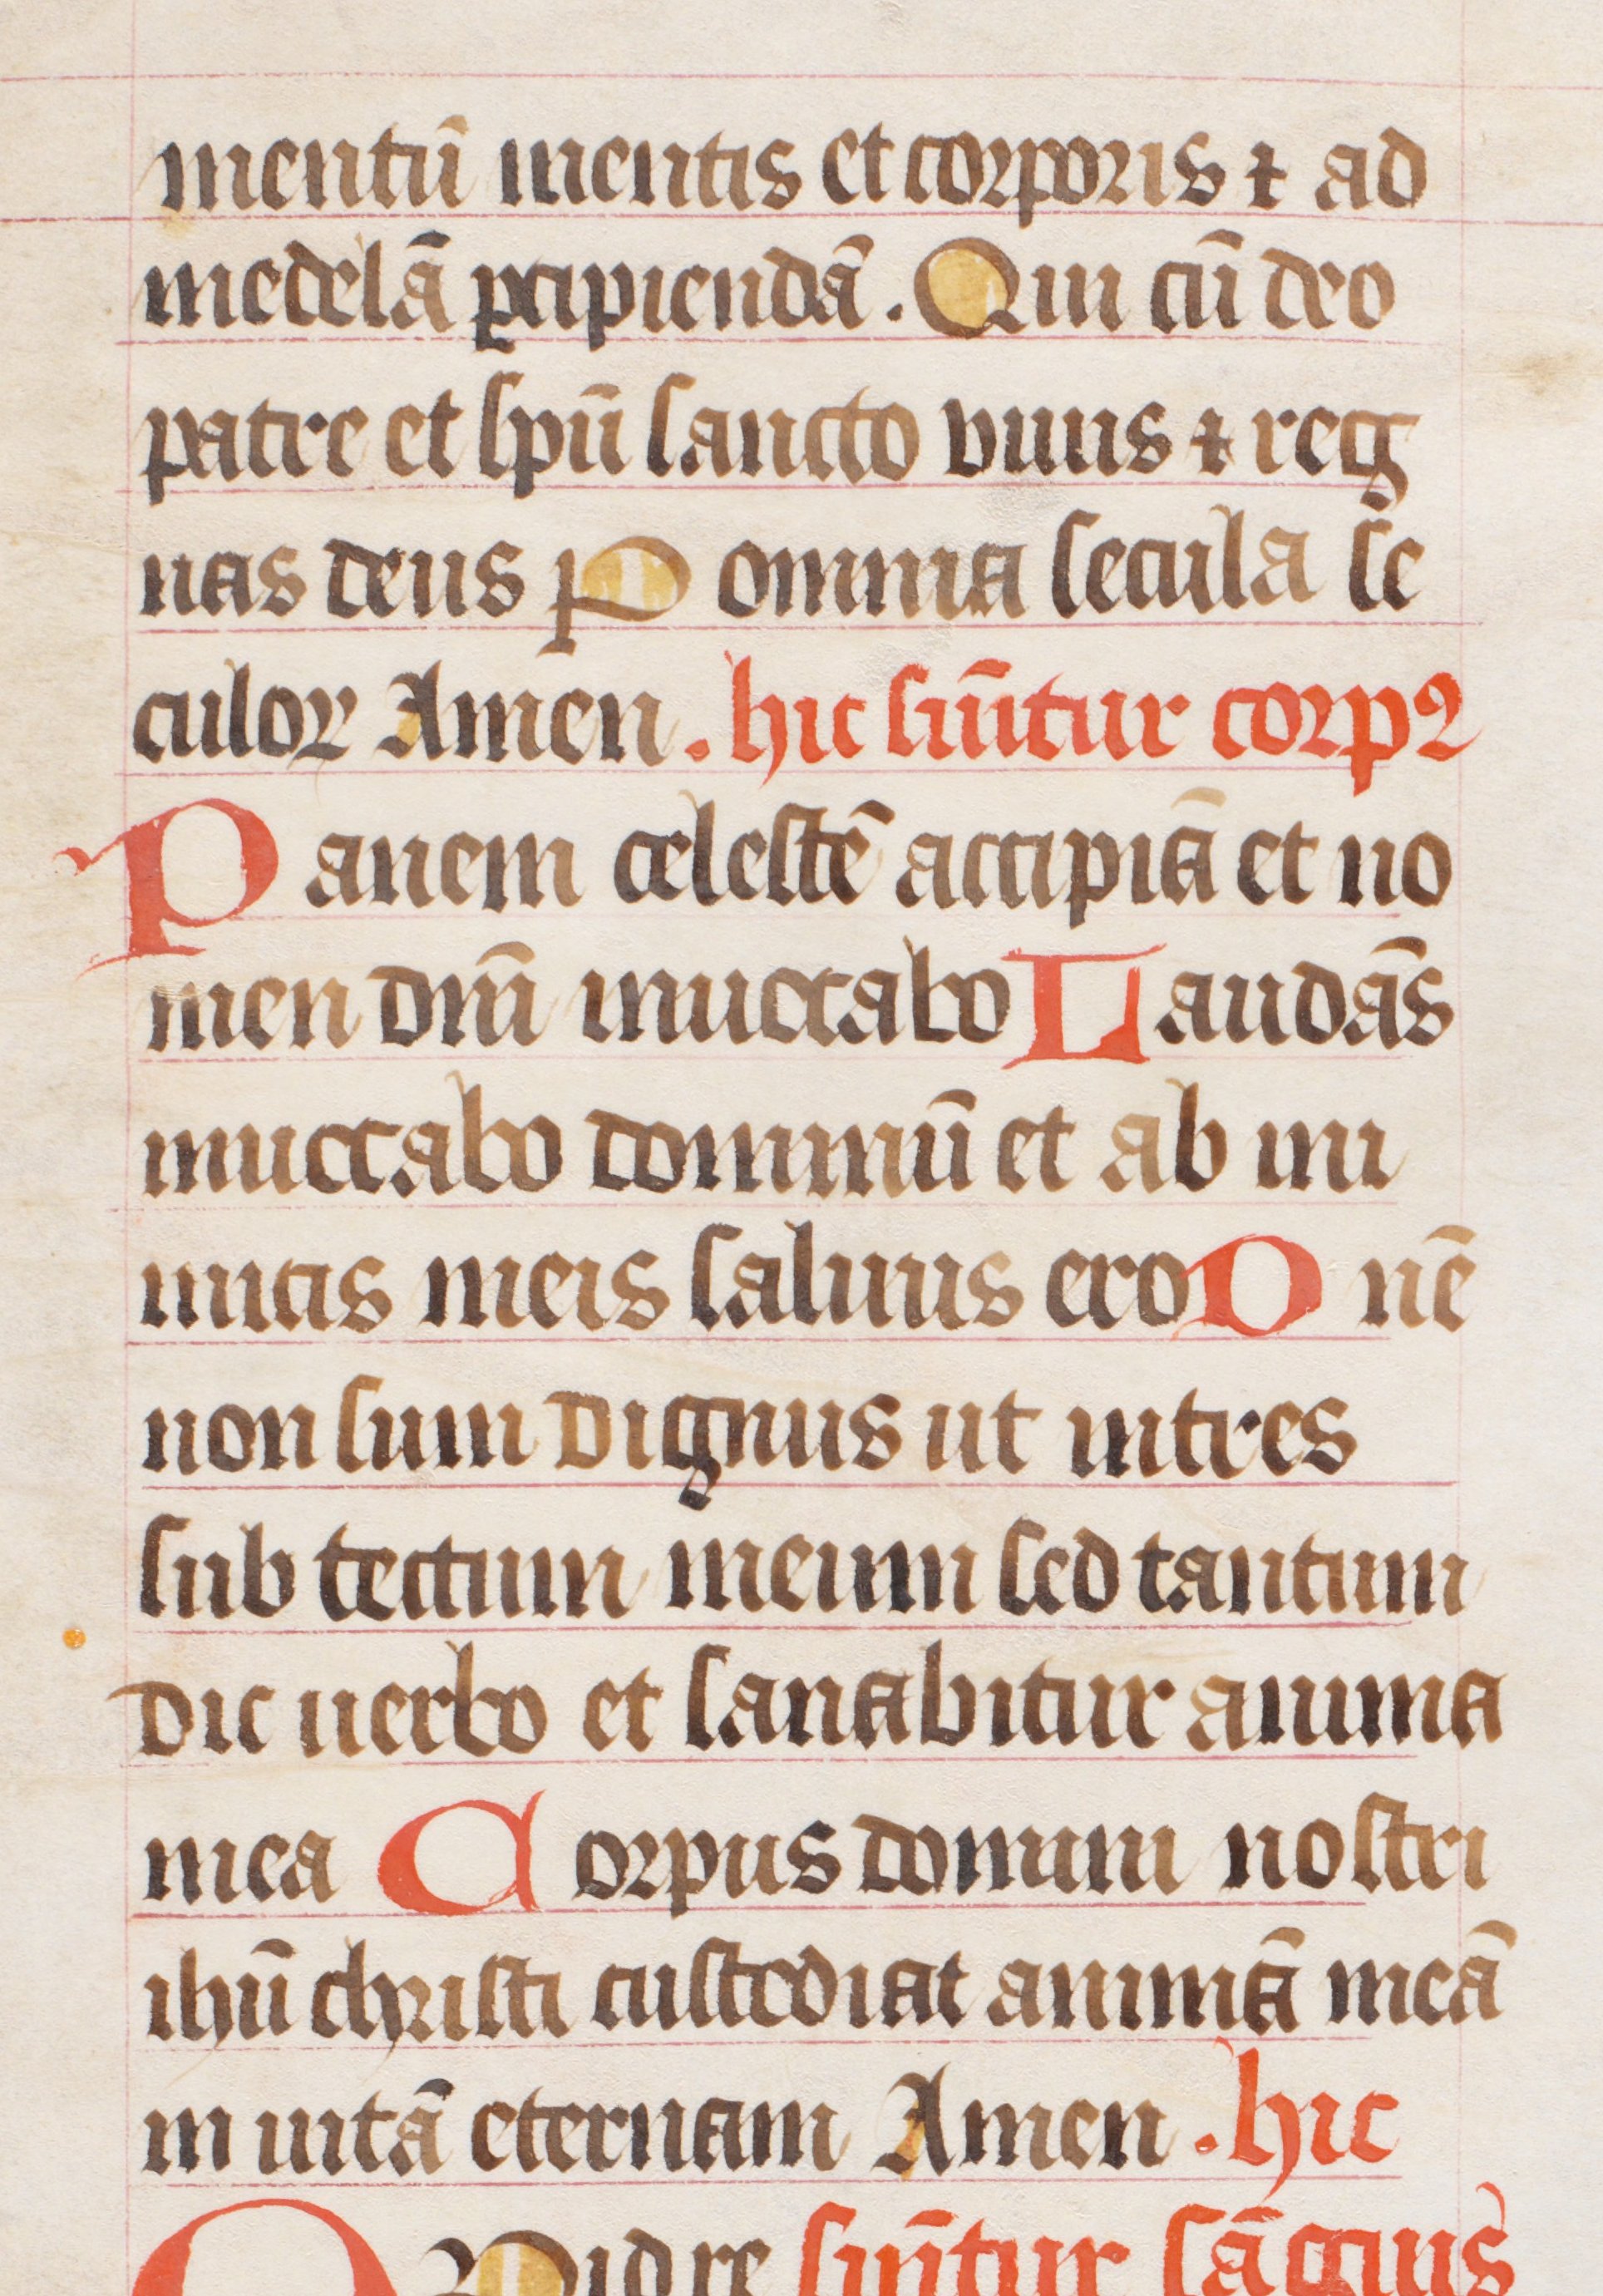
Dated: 1300–1399